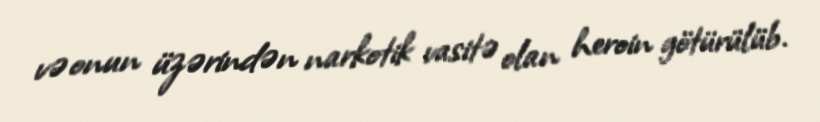
və onun üzərindən narkotik vasitə olan heroin götürülüb.